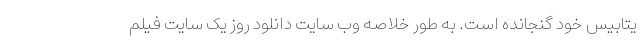
یتابیس خود گنجانده است. به طور خلاصه وب سایت دانلود روز یک سایت فیلم